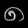
Digit: ၈